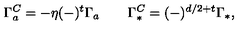
\Gamma _ { a } ^ { C } = - \eta ( - ) ^ { t } \Gamma _ { a } \qquad \Gamma _ { * } ^ { C } = ( - ) ^ { d / 2 + t } \Gamma _ { * } ,